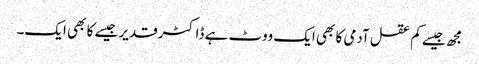
مجھ جیسے کم عقل آدمی کا بھی ایک ووٹ ہے ڈاکٹرقدیر جیسے کا بھی ایک۔